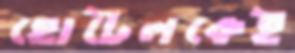
হোটেলকেই